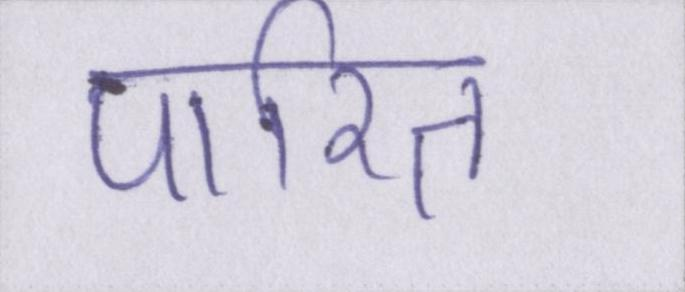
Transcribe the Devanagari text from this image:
पारित